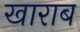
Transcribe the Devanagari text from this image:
खाराब